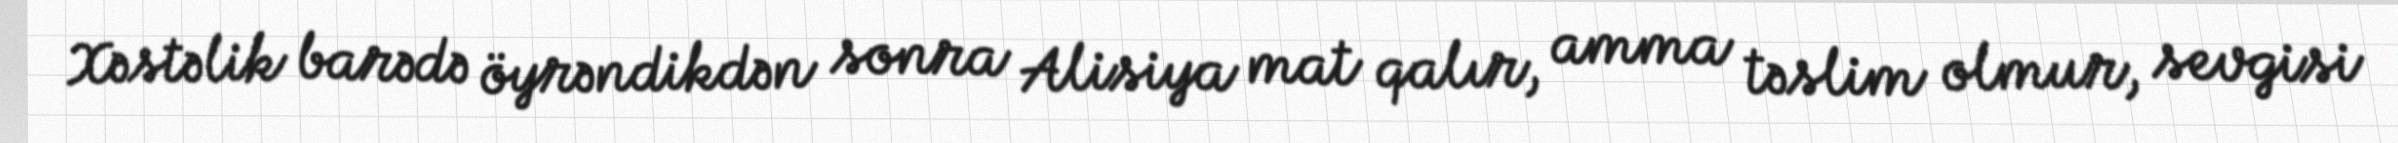
Xəstəlik barədə öyrəndikdən sonra Alisiya mat qalır, amma təslim olmur, sevgisi